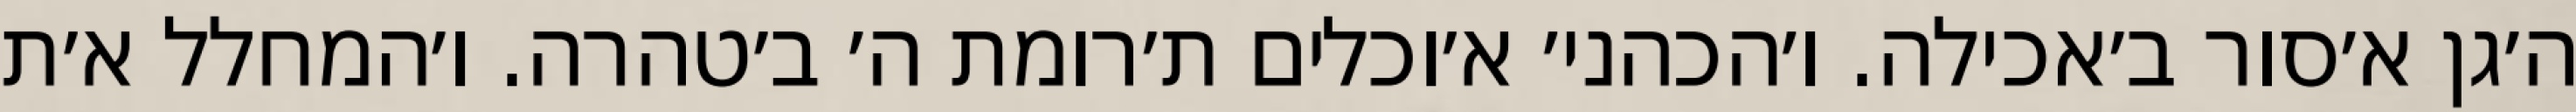
ה׳גן א׳סור ב׳אכילה. ו׳הכהני׳ א׳וכלים ת׳רומת ה׳ ב׳טהרה. ו׳המחלל א׳ת